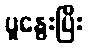
ပူနွေးပြီး